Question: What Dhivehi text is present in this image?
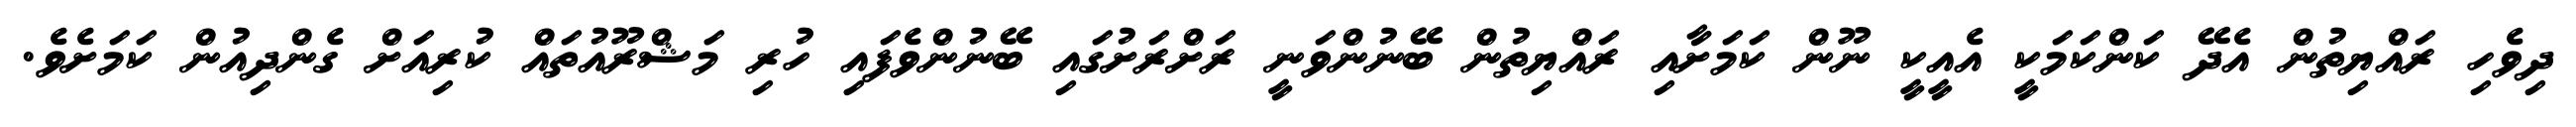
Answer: ދިވެހި ރައްޔިތުން އެދޭ ކަންކަމަކީ އެއީކީ ނޫން ކަމަށާއި ރައްޔިތުން ބޭނުންވަނީ ރަށްރަށުގައި ބޭނުންވެފައި ހުރި މަޝްރޫއުތައް ކުރިއަށް ގެންދިއުން ކަމަށެވެ.